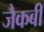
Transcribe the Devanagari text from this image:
जैकबी